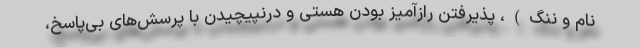
نام و ننگ)، پذیرفتن رازآمیز بودن هستی و درنپیچیدن با پرسش‌های بی‌پاسخ،